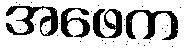
အဖေက